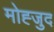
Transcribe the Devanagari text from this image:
मोह्जुद